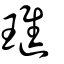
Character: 璡